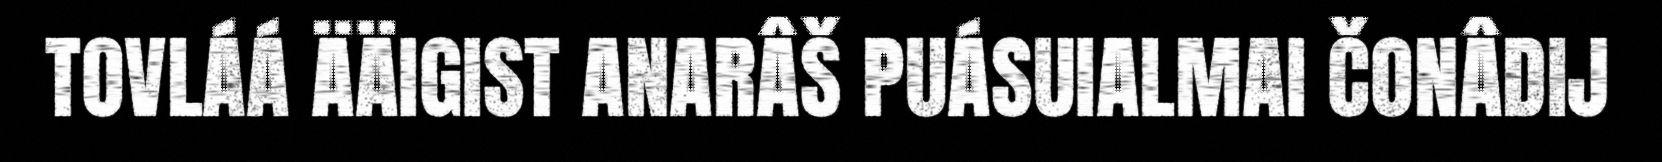
TOVLÁÁ ÄÄIGIST ANARÂŠ PUÁSUIALMAI ČONÂDIJ